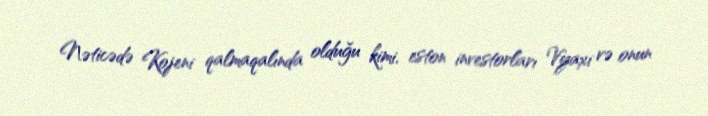
Nəticədə Kojeni qalmaqalında olduğu kimi, eston investorları Vyaxi və onun